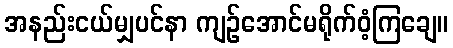
အနည်းငယ်မျှပင်နာ ကျဉ်အောင်မရိုက်ဝံ့ကြချေ။